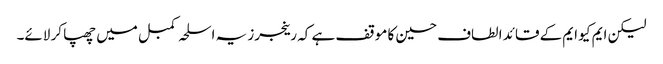
لیکن ایم کیو ایم کے قائد الطاف حسین کا موقف ہے کہ رینجرز یہ اسلحہ کمبل میں چھپا کر لائے۔